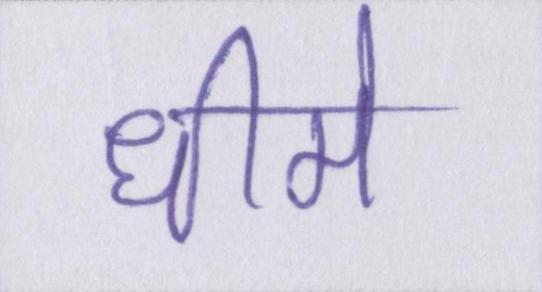
धीमे